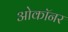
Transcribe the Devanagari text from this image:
ओकॉनर